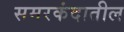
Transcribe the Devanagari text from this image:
समरकंदातील